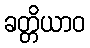
ခတ္တိယာဝ